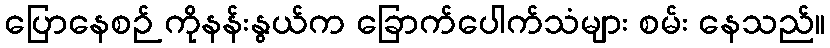
ပြောနေစဉ် ကိုနန်းနွယ်က ခြောက်ပေါက်သံများ စမ်း နေသည်။